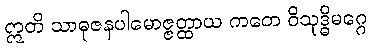
ဣတိ သာဓုဇနပါမောဇ္ဇတ္ထာယ ကတေ ဝိသုဒ္ဓိမဂ္ဂေ